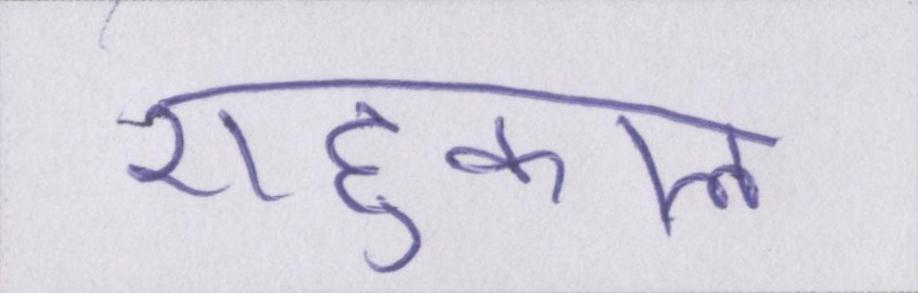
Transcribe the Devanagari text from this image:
राहुकाल